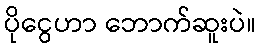
ပိုငွေဟာ ဘောက်ဆူးပဲ။